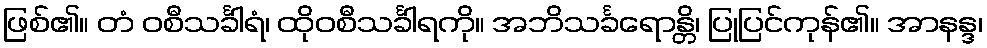
ဖြစ်၏။ တံ ဝစီသင်္ခါရံ၊ ထိုဝစီသင်္ခါရကို။ အဘိသင်္ခရောန္တိ၊ ပြုပြင်ကုန်၏။ အာနန္ဒ၊